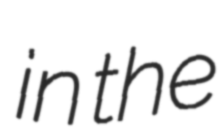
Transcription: in the